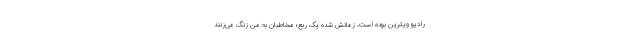
رادیو ویترین بوده است، زمانش شده یک ربع؛ مخاطبان به من زنگ می‌زنند